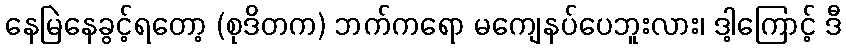
နေမြဲနေခွင့်ရတော့ (စုဒိတက) ဘက်ကရော မကျေနပ်ပေဘူးလား၊ ဒါ့ကြောင့် ဒီ